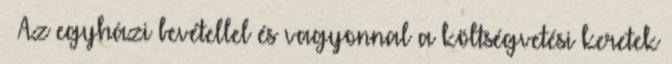
§ Az egyházi bevétellel és vagyonnal a költségvetési keretek